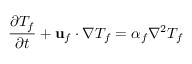
\frac { \partial T _ { f } } { \partial t } + \mathbf { u } _ { f } \cdot \nabla T _ { f } = \alpha _ { f } \nabla ^ { 2 } T _ { f }